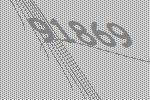
91869